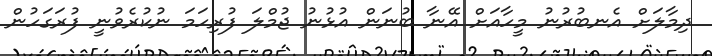
ދިމާލަށް އެނބުރުނު މީހާއަށް އޭނާ ބުނަން އުޅުނު ޖުމްލަ ފުރިހަމަ ނުކުރެވުނީ ފުރަގަހުން